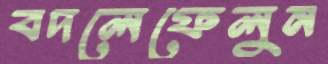
বদলেফেলুন